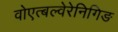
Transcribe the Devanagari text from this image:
वोएत्बल्वेरेनिगिङ